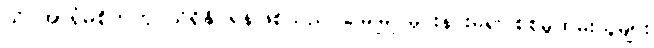
သိပ်အာရုံမစိုက်ဟု သိရှိနိုင်ရန်ဖြစ်သည် မြေမြုပ်မိုင်းနင်းမိ၍ စစ်မှုထမ်းသူများ